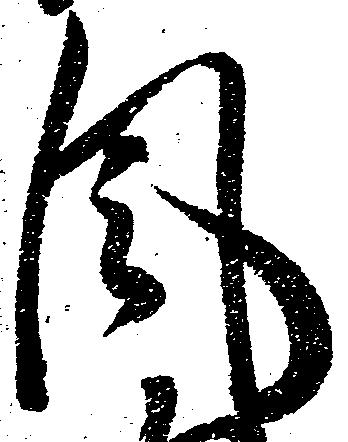
風